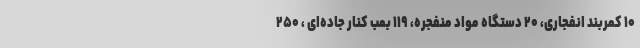
۱۰ کمربند انفجاری، ۲۰ دستگاه مواد منفجره، ۱۱۹ بمب کنار جاده‌ای ، ۲۵۰